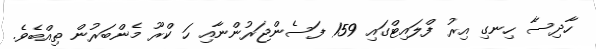
ހާދިސާ ހިނގި އިރު ފްލައިޓްގައި 159 ފަސެންޖަރުންނާއި ހަ ކްރޫ މެންބަރުން ތިއްބެވެ.